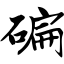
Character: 碥